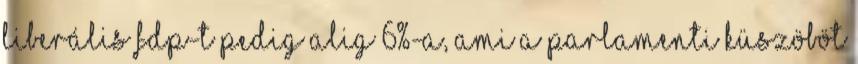
liberális FDP-t pedig alig 6%-a, ami a parlamenti küszöböt